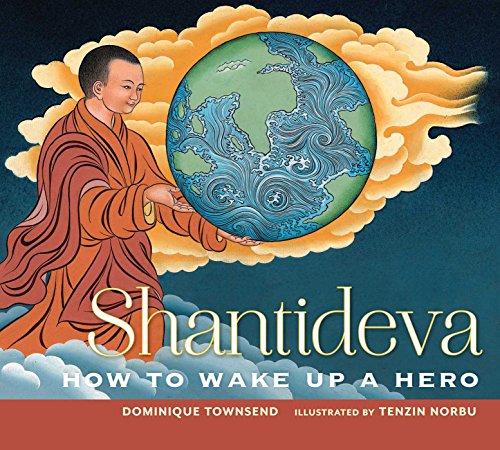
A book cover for Shantideva: How to Wake Up a Hero; Dominique Townsend; Children's Books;